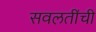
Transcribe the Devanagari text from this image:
सवलतींची